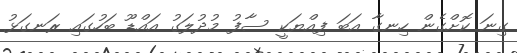
ގިނަ ކޮށްގެން ހިނގާ އަބަ ފިއްޔަކީ ސާފު މުދުލަގު އައްޑޫ ބަހުގައި ރަނގަޅު